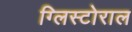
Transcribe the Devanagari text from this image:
ग्लिस्टोराल